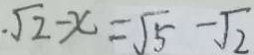
\cdot \sqrt { 2 } - x = \sqrt { 5 } - \sqrt { 2 }